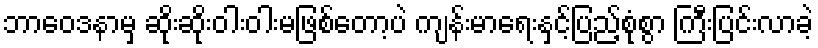
ဘာဝေဒနာမှ ဆိုးဆိုးဝါးဝါးမဖြစ်တော့ပဲ ကျန်းမာရေးနှင့်ပြည့်စုံစွာ ကြီးပြင်းလာခဲ့